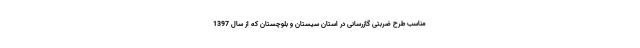
مناسب طرح ضربتی گازرسانی در استان سیستان و بلوچستان که از سال 1397